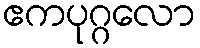
ဧကပုဂ္ဂလော